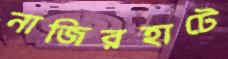
নাজিরহাটে